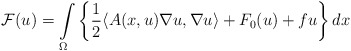
\begin{align*} \mathcal{F}(u) = \int\limits_{\Omega} \left \{ \dfrac{1}{2}\langle A(x,u) \nabla u, \nabla u \rangle + F_0(u) + fu \right \} dx\end{align*}